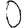
Digit: 0